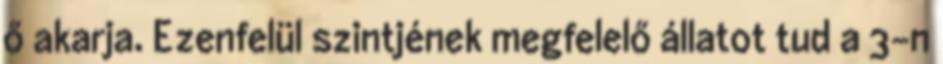
ő akarja. Ezenfelül szintjének megfelelő állatot tud a 3-n